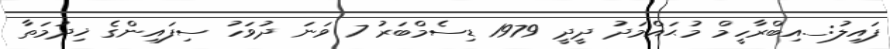
ފައިލު:_.އިބްރާހީމް މުޙައްމަދު ދީދީ 1979 ޑިސެމްބަރު 7 ވަނަ ދުވަހު ސިފައިންގެ ޚިދުމަތާ